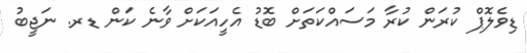
ޑިވެލޮޕް ކުރަން ކުރާ މަސައްކަތަށް ބޮޑު އެހީއަކަށް ވާނެ ކަން ޑރ. ނަޖީބު